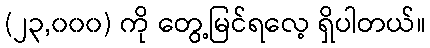
(၂၃,၀၀၀) ကို တွေ့မြင်ရလေ့ ရှိပါတယ်။